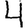
Digit: 4